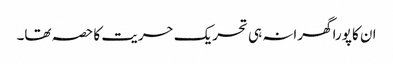
ان کا پورا گھرانہ ہی تحریک حریت کا حصہ تھا۔